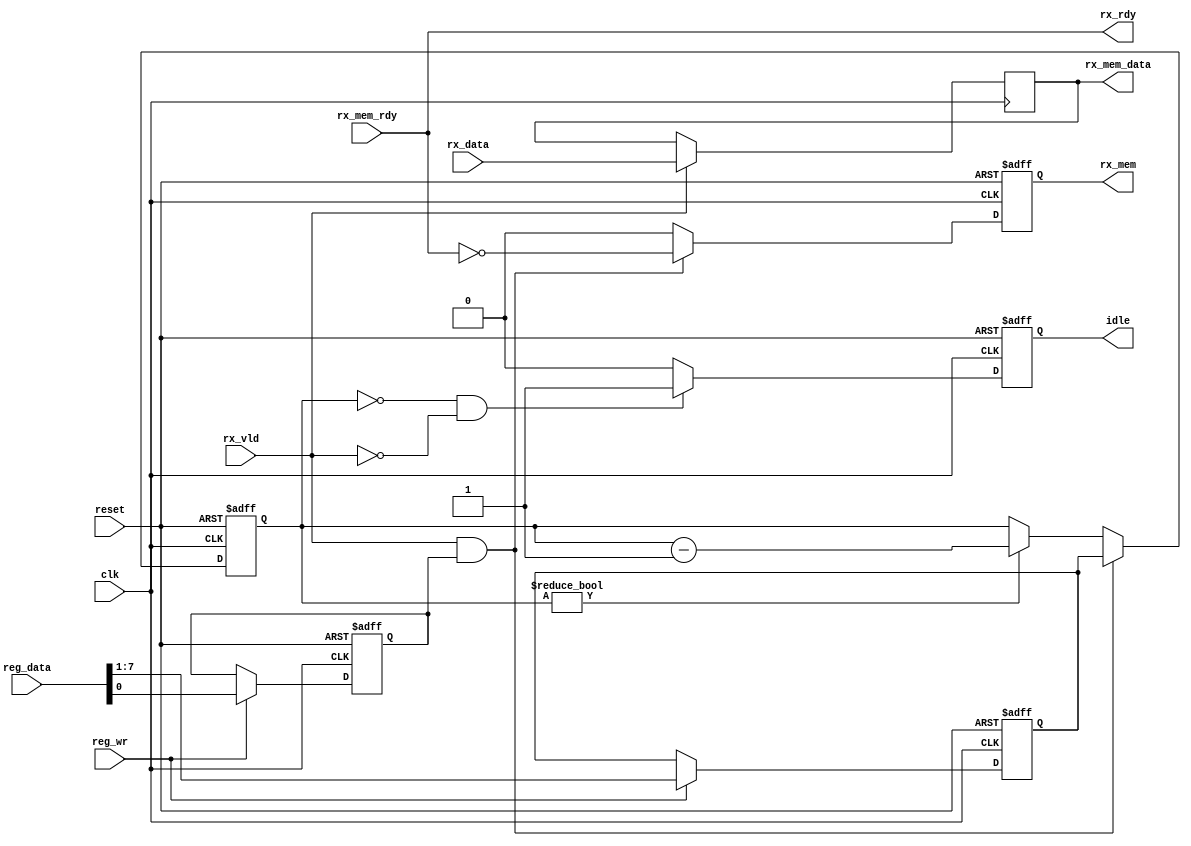
//module rx (clk, reset, idle, pwr_up, rx_vld, rx_rdy, rx_data, rx_reqout, rx_req_rdy,  rx_dout, 
//           reg_wr, reg_data );

module rx (clk, reset, idle, rx_vld, rx_rdy, rx_data, rx_mem, rx_mem_rdy,  rx_mem_data, 
           reg_wr, reg_data );

input clk, reset;

//going to/from requestors
input rx_vld;
input [7:0] rx_data;
output rx_rdy;

//going to/from memory controller
output rx_mem;
input rx_mem_rdy;
output[7:0] rx_mem_data;

//register interfaces
input reg_wr;
input [7:0] reg_data;

//to/from power controller
output idle;
//input pwr_up;

//wire rx_rdy = pwr_up && rx_mem_rdy;
wire rx_rdy = rx_mem_rdy;
reg idle;
reg rx_mem;
reg [7:0] rx_mem_data;
reg [6:0] idle_timer;
reg [6:0] idle_time;
reg rx_enable;

always @(posedge clk or posedge reset)
    if (reset) {idle_time, rx_enable} <= 8'b10; //set idle_time to 1 to avoid initial shutdown
    else if (reg_wr) {idle_time, rx_enable} <= reg_data;

always @(posedge clk or posedge reset)
   if (reset)
         idle <= 1'b0;
   else  if (idle_timer == 8'd0 && !rx_vld) 
         idle <= 1'b1;
   else  idle <= 1'b0;


always @(posedge clk or posedge reset)
   if (reset)
       idle_timer <= 7'd1;  //set idle_time to 1 to avoid initial shutdown
   else if (rx_vld && rx_enable)
       idle_timer <= idle_time;
   else if (idle_timer != 7'd0)
       idle_timer <= idle_timer - 7'd1;


always @(posedge clk or posedge reset)
    if (reset)
        rx_mem <= 1'b0;
//    else if (rx_vld && pwr_up && rx_enable)
   else if (rx_vld && rx_enable)
       rx_mem <= ~rx_rdy; //we request until mem is ready
    else rx_mem <= 1'b0;
 

always @(posedge clk)
    if (rx_vld) rx_mem_data <= rx_data;

endmodule